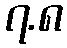
၇.၈